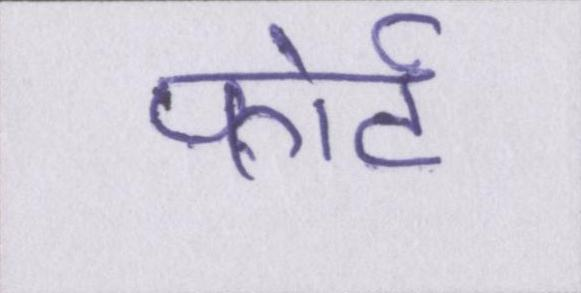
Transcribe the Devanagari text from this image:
फोर्ट